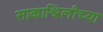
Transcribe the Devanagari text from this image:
साकाश्विलीच्या